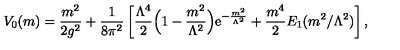
V _ { 0 } ( m ) = { \frac { m ^ { 2 } } { 2 g ^ { 2 } } } + { \frac { 1 } { 8 \pi ^ { 2 } } } \left[ { \frac { \Lambda ^ { 4 } } { 2 } } \Bigl ( 1 - { \frac { m ^ { 2 } } { \Lambda ^ { 2 } } } \Bigr ) { \mathrm { e } } ^ { - { \frac { m ^ { 2 } } { \Lambda ^ { 2 } } } } + { \frac { m ^ { 4 } } { 2 } } E _ { 1 } ( { m ^ { 2 } / \Lambda ^ { 2 } } ) \right] ,